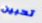
تحبين